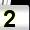
Digit: 2